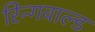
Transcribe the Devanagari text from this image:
रिन्गवाल्ड